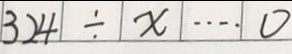
3 2 4 \div x \cdots 0